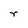
Character: r